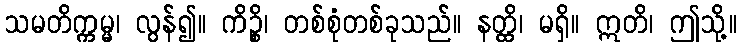
သမတိက္ကမ္မ၊ လွန်၍။ ကိဉ္စိ၊ တစ်စုံတစ်ခုသည်။ နတ္ထိ၊ မရှိ။ ဣတိ၊ ဤသို့။